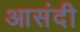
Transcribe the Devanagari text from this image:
आसंदी